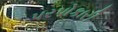
પરપોકારી